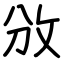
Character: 攽